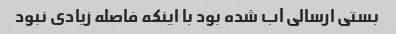
بستی ارسالی آب شده بود با اینکه فاصله زیادی نبود